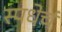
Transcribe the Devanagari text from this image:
स्पधेर्चं